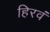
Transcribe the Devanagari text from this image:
हिरवं